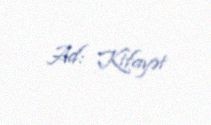
Ad: Kifayət